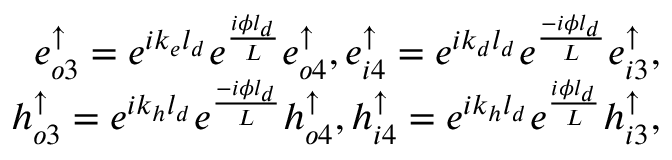
\begin{array} { r } { e _ { o 3 } ^ { \uparrow } = e ^ { i k _ { e } l _ { d } } e ^ { \frac { i \phi l _ { d } } { L } } e _ { o 4 } ^ { \uparrow } , e _ { i 4 } ^ { \uparrow } = e ^ { i k _ { d } l _ { d } } e ^ { \frac { - i \phi l _ { d } } { L } } e _ { i 3 } ^ { \uparrow } , } \\ { h _ { o 3 } ^ { \uparrow } = e ^ { i k _ { h } l _ { d } } e ^ { \frac { - i \phi l _ { d } } { L } } h _ { o 4 } ^ { \uparrow } , h _ { i 4 } ^ { \uparrow } = e ^ { i k _ { h } l _ { d } } e ^ { \frac { i \phi l _ { d } } { L } } h _ { i 3 } ^ { \uparrow } , } \end{array}